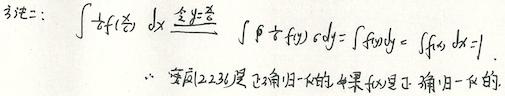
证法二：
\[
\int_{a}^{b}f(x)dx \xlongequal{x = \varphi(t)}\int_{\alpha}^{\beta}f(\varphi(t))\varphi'(t)dt=\int_{a}^{b}f(u)du=\int_{a}^{b}f(x)dx.
\]
\(\therefore\) 定理2.2.3是 \(\varphi(t)=t\) 的结果也是正确的.